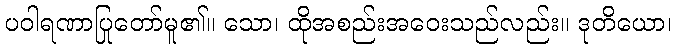
ပဝါရဏာပြုတော်မူ၏။ သော၊ ထိုအစည်းအဝေးသည်လည်း။ ဒုတိယော၊